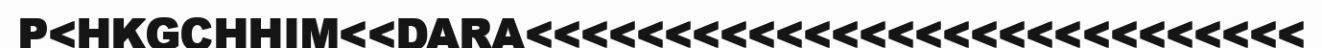
P<HKGCHHIM<<DARA<<<<<<<<<<<<<<<<<<<<<<<<<<<<